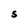
Character: S